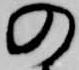
の